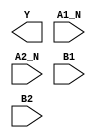
module sky130_fd_sc_ls__o2bb2ai (
    Y   ,  
    A1_N,  
    A2_N,  
    B1  ,  
    B2     
);
    output Y;    
    input  A1_N; 
    input  A2_N; 
    input  B1;   
    input  B2;   
    supply1 VPWR; 
    supply0 VGND; 
    supply1 VPB;  
    supply0 VNB;  
endmodule